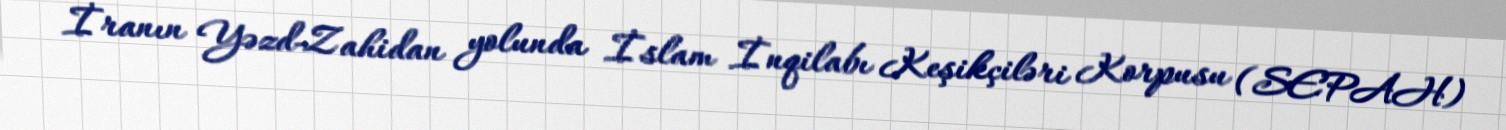
İranın Yəzd-Zahidan yolunda İslam İnqilabı Keşikçiləri Korpusu (SEPAH)